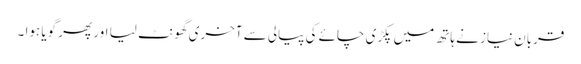
قربان نیاز نے ہاتھ میں پکڑی چائے کی پیالی سے آخری گھونٹ لیا اور پھر گویا ہوا ۔